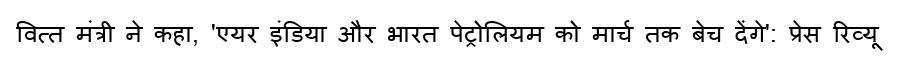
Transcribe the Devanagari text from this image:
वित्त मंत्री ने कहा, 'एयर इंडिया और भारत पेट्रोलियम को मार्च तक बेच देंगे': प्रेस रिव्यू